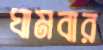
ঘামবার